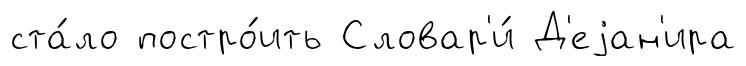
ста́ло постро́ить Словар'и́ Д'еjан'ира